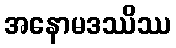
အနောမဒဿိဿ